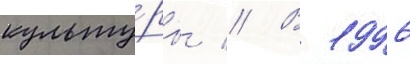
культу́ры // В 1996